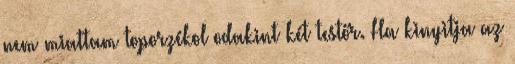
nem miattam toporzékol odakint két testőr. Ha kinyitja az